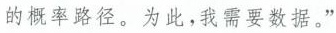
的概率路径。为此，我需要数据。”